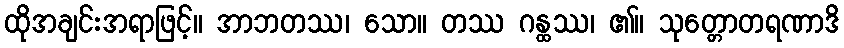
ထိုအချင်းအရာဖြင့်။ အာဘတဿ၊ သော။ တဿ ဂန္ထဿ၊ ၏။ သုတ္တောတရဏာဒိ